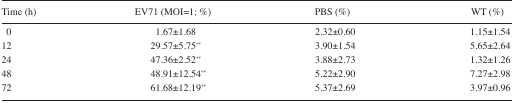
| Time (h) | EV71 (MOI=1; %) | PBS (%) | WT (%) |
 | --- | --- | --- | --- |
 | 0 | 1.67±1.68 | 2.32±0.60 | 1.15±1.54 |
 | 12 | 29.57±5.75** | 3.90±1.54 | 5.65±2.64 |
 | 24 | 47.36±2.52** | 3.88±2.73 | 1.32±1.26 |
 | 48 | 48.91±12.54** | 5.22±2.90 | 7.27±2.98 |
 | 72 | 61.68±12.19** | 5.37±2.69 | 3.97±0.96 |